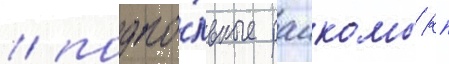
/ подпо́льные раикомы кп